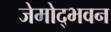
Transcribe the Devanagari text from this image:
जेमोद्भवन